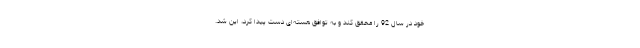
خود در سال 92 را محقق کند و به توافق هسته‌ای دست پیدا کرد، این شد.